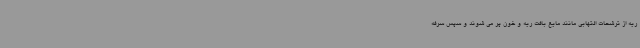
ریه از ترشحات التهابی مانند مایع بافت ریه و خون پر می شوند و سپس سرفه